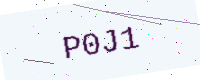
Text: P0J1